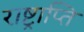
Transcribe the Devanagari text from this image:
राष्ट्राप्ति